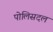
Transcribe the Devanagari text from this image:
पोलिसदल